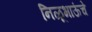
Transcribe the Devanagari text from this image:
निळूभाऊंचे